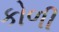
કોળી